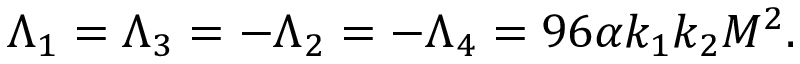
\Lambda _ { 1 } = \Lambda _ { 3 } = - \Lambda _ { 2 } = - \Lambda _ { 4 } = 9 6 \alpha k _ { 1 } k _ { 2 } M ^ { 2 } .